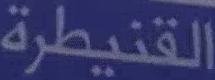
القنيطرة